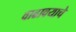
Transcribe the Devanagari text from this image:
वाढावयाचे